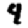
Digit: 4